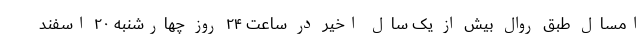
امسال طبق روال بیش از یک سال اخیر در ساعت ۲۴ روز چهارشنبه ۲۰ اسفند